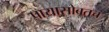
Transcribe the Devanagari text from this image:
पायासोबतच